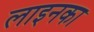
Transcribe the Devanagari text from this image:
लाइनका